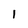
Character: l